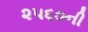
૨૫૬૦ની